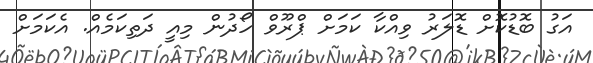
އަގު ބޮޑުކޮށް ޑޮލަރު ވިއްކާ ކަމަށް ޕްރޫވް ހޯދުން މިއީ ދަތިކަމެއް. އެކަމަށް